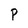
Character: P